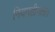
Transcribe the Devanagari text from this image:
नियमहीनता।